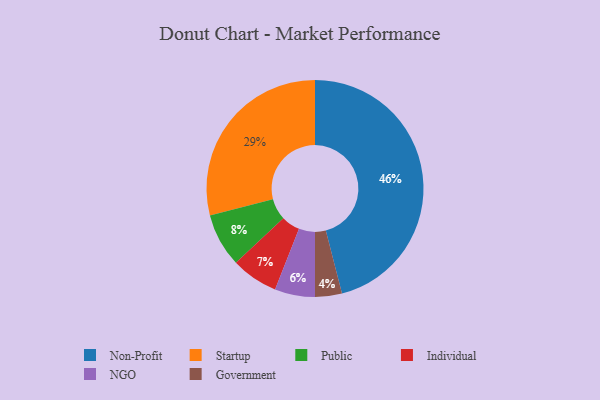
{"axis": {"x": "Category", "y": "Percentage"}, "legend": ["Government", "Individual", "NGO", "Non-Profit", "Public", "Startup"], "data": [{"x": "Individual", "y": 7, "type": "Individual"}, {"x": "NGO", "y": 6, "type": "NGO"}, {"x": "Public", "y": 8, "type": "Public"}, {"x": "Government", "y": 4, "type": "Government"}, {"x": "Startup", "y": 29, "type": "Startup"}, {"x": "Non-Profit", "y": 46, "type": "Non-Profit"}]}